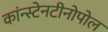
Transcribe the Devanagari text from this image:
कांन्स्टेनटीनोपोल